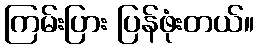
ကြမ်းပြား ပြန်ဖုံးတယ်။